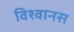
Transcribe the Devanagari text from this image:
विश्‍वानस